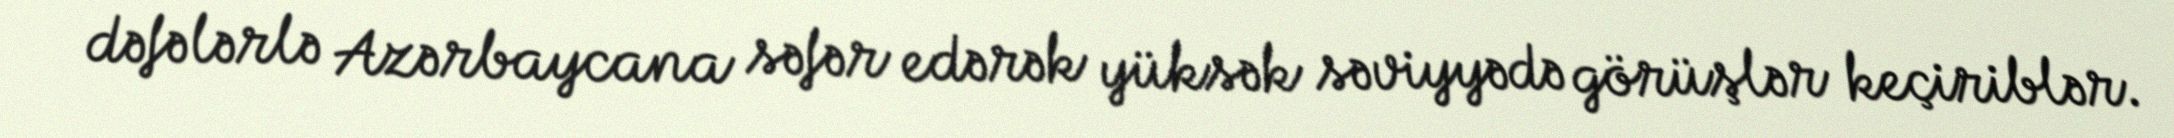
dəfələrlə Azərbaycana səfər edərək yüksək səviyyədə görüşlər keçiriblər.